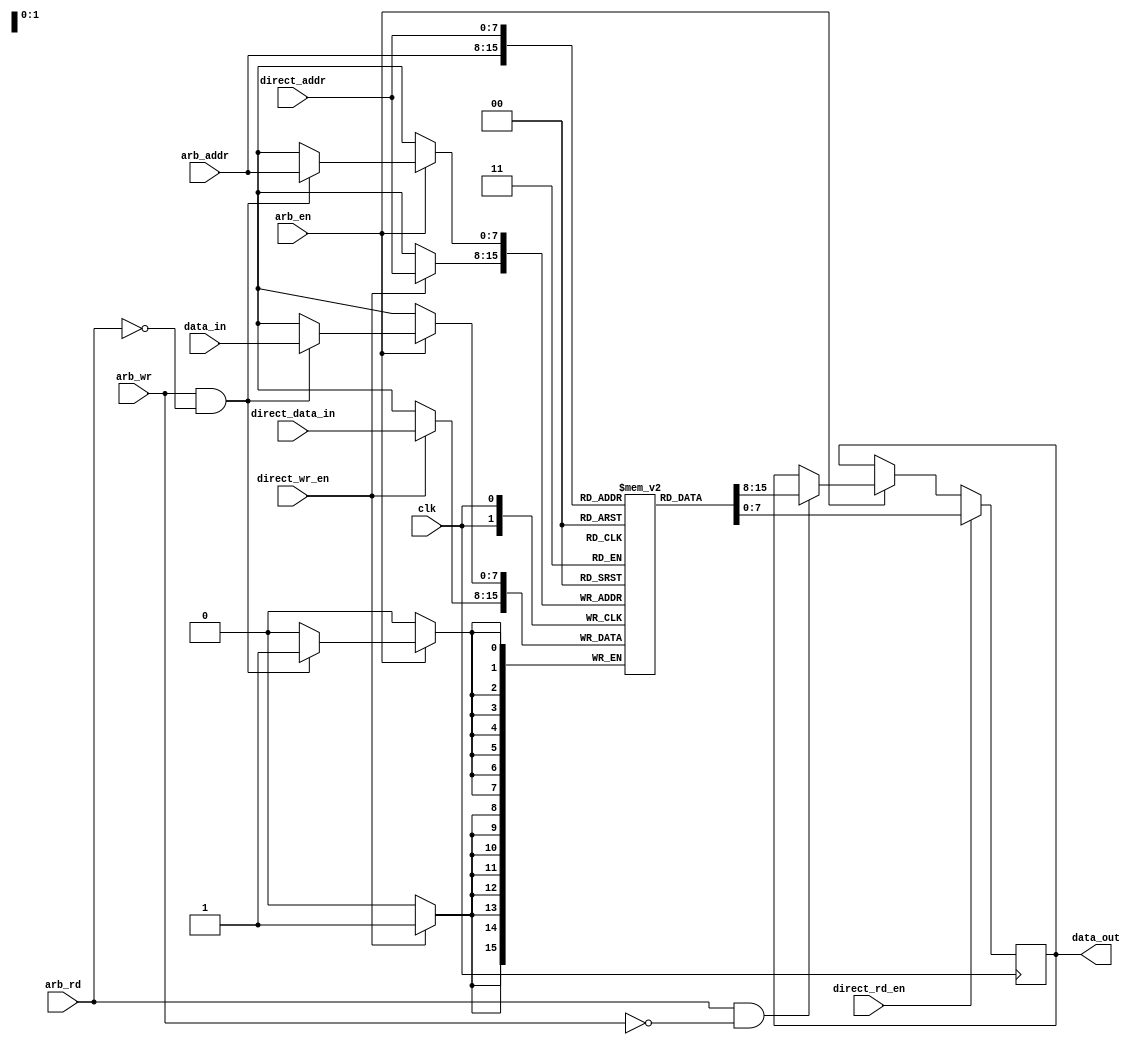
module dual_port_ram (
    input wire clk,
    input wire arb_en,
    input wire [7:0] arb_addr,
    input wire arb_rd,
    input wire arb_wr,
    input wire [7:0] data_in,
    output reg [7:0] data_out,
    input wire direct_rd_en,
    input wire direct_wr_en,
    input wire [7:0] direct_addr,
    input wire [7:0] direct_data_in
);

reg [7:0] mem [0:255];

always @ (posedge clk) begin
    if (arb_en) begin
        if (arb_rd && !arb_wr) begin
            data_out <= mem[arb_addr];
        end
        if (arb_wr && !arb_rd) begin
            mem[arb_addr] <= data_in;
        end
    end
    if (direct_rd_en) begin
        data_out <= mem[direct_addr];
    end
    if (direct_wr_en) begin
        mem[direct_addr] <= direct_data_in;
    end
end

endmodule